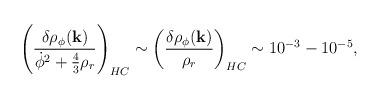
LaTeX: \begin{align*}\left(\frac{\delta \rho_{\phi}({\bf k})}{{\dot \phi}^2+ \frac{4}{3}\rho_r}\right)_{HC}\sim\left(\frac{\delta \rho_{\phi}({\bf k})}{ \rho_r}\right)_{HC} \sim10^{-3} - 10^{-5},\end{align*}